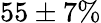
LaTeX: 55\pm 7\%